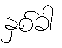
နှစ်ခါ